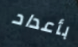
بأعداد